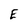
Character: E